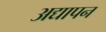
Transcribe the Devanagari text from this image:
अद्यापन